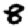
Digit: 8